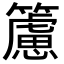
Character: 𥶌